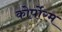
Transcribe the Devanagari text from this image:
कोर्पोरम